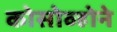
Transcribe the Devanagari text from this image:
कोसोव्होने